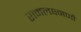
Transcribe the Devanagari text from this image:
रामलक्ष्मणौ